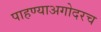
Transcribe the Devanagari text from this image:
पाहण्याअगोदरच